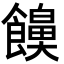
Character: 𮩔